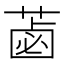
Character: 𦷕